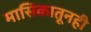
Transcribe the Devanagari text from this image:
मासिकातूनही